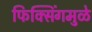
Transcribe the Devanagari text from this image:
फिक्सिंगमुळे